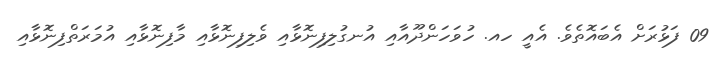
09 ފަޅުރަށް އެބައޮތެވެ. އެއީ ހއ. ހުވަހަންދޫއާއި އުނގުލިފިނޮޅާއި ވެލިފިނޮޅާއި މާފިނޮޅާއި އުމަރަތްފިނޮޅާއި